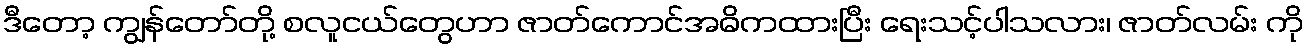
ဒီတော့ ကျွန်တော်တို့ စလူငယ်တွေဟာ ဇာတ်ကောင်အဓိကထားပြီး ရေးသင့်ပါသလား၊ ဇာတ်လမ်း ကို